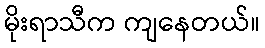
မိုးရာသီက ကျနေတယ်။